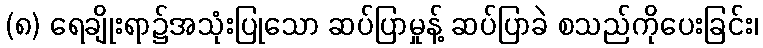
(၈) ရေချိုးရာ၌အသုံးပြုသော ဆပ်ပြာမှုန့် ဆပ်ပြာခဲ စသည်ကိုပေးခြင်း၊